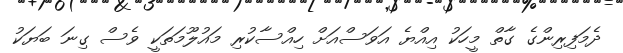
ދެމަފިރިންގެ ގާތް މީހަކު އިއްޔެ އަވަސްއަށް ހިއްސާކުރި މައުލޫމަތަކީ ވެސް ގިނަ ބަޔަކު